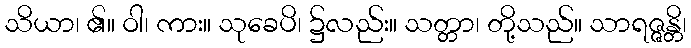
သိယာ၊ ၏။ ဝါ၊ ကား။ သုခေပိ၊ ၌လည်း။ သတ္တာ၊ တို့သည်။ သာရဇ္ဇန္တိ၊